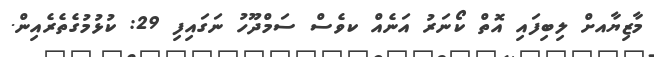
މާޒިޔާއށް ލިބިފައި އޮތް ކޯނަރު އަނެއް ކވެސް ސަމްދޫހު ނަގައިފި 29: ކުޅުމުގެތެރެއިން.